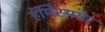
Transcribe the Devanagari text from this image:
हॅमिस्फ़्येर